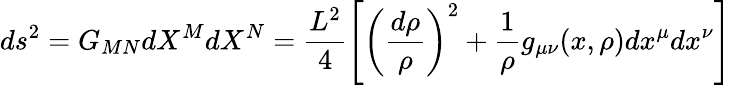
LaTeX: ds^{2}=G_{MN}dX^{M}dX^{N}=\frac{L^{2}}{4}\left[\left(\frac{d\rho}{\rho}\right)^{2}+\frac{1}{\rho}g_{\mu\nu}(x,\rho)dx^{\mu}dx^{\nu}\right]